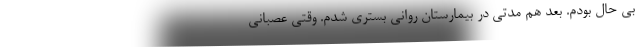
بی حال بودم. بعد هم مدتی در بیمارستان روانی بستری شدم. وقتی عصبانی